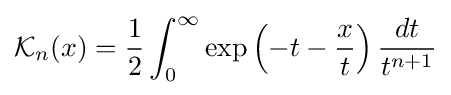
{\mathcal {K}}_{n}(x)={\frac {1}{2}}\int _{0}^{\infty }\exp \left(-t-{\frac {x}{t}}\right){\frac {dt}{t^{n+1}}}